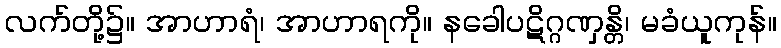
လက်တို့၌။ အာဟာရံ၊ အာဟာရကို။ နခေါပဋိဂ္ဂဏှန္တိ၊ မခံယူကုန်။